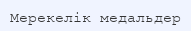
Мерекелік медальдер